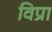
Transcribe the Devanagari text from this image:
विप्रा